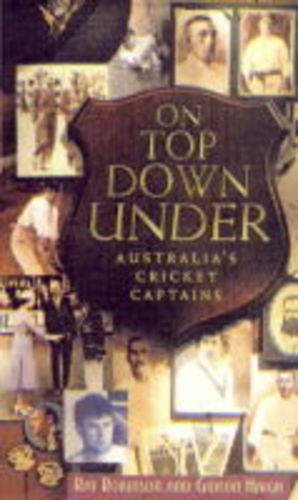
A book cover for On Top Down Under: Australia's Cricket Captains; Ray Robinson; Sports & Outdoors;